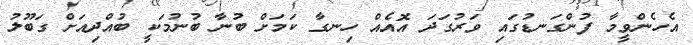
އެހެންވީމާ ފުންގަނޑުގައި ވަރުގަދަ އޮއެއް ހިނގާ ކަމަށް ބުނާ ބުނުމަކީ ބުއްދިއަށް ގަބޫލު